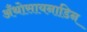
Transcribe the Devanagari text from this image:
अँथोसायनाडिन